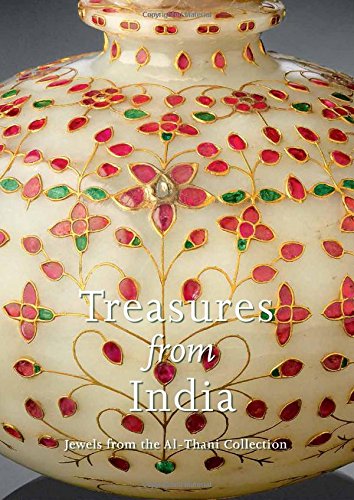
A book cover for Treasures from India: Jewels from the Al-Thani Collection (Metropolitan Museum of Art); Navina Najat Haidar; Crafts, Hobbies & Home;